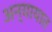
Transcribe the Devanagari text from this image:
अन्यायात